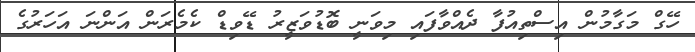
ހޭގް މަގާމުން އިސްތިއުފާ ދެއްވާފައި މިވަނީ ބޮޑުވަޒީރު ޑޭވިޑް ކެމެރަން އަންނަ އަހަރުގެ